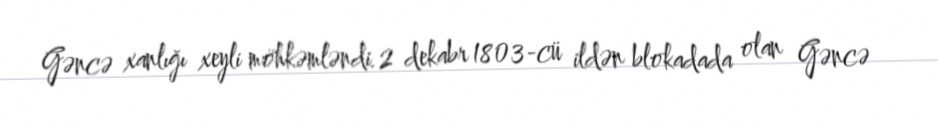
Gəncə xanlığı xeyli möhkəmləndi.2 dekabr 1803-cü ildən blokadada olan Gəncə